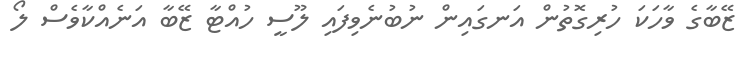
ޒޭބާގެ ވާހަކަ ހުރިގޮތުން އަނގައިން ނުބުނެވިފައި ލޫސީ ހުއްޓާ ޒޭބާ އަނެއްކާވެސް ލޯ